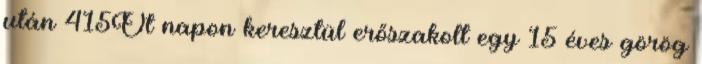
után 415Öt napon keresztül erőszakolt egy 15 éves görög